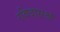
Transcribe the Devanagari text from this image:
रविदासश्च